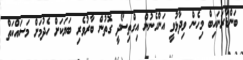
ބަންޑާރަނައިބް މިހެން ވިދާޅުވީ އަންހެނުން އިގްތިސޯދީ ގޮތުން ބާރުވެރި ބަޔަކަށް ހެދުމަށް މަސައްކަތް